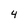
Character: 4